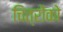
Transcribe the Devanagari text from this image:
चित्रोंको